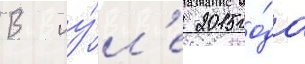
В иу́л'е 2015 го́да